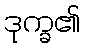
ဒုက္ခ၏